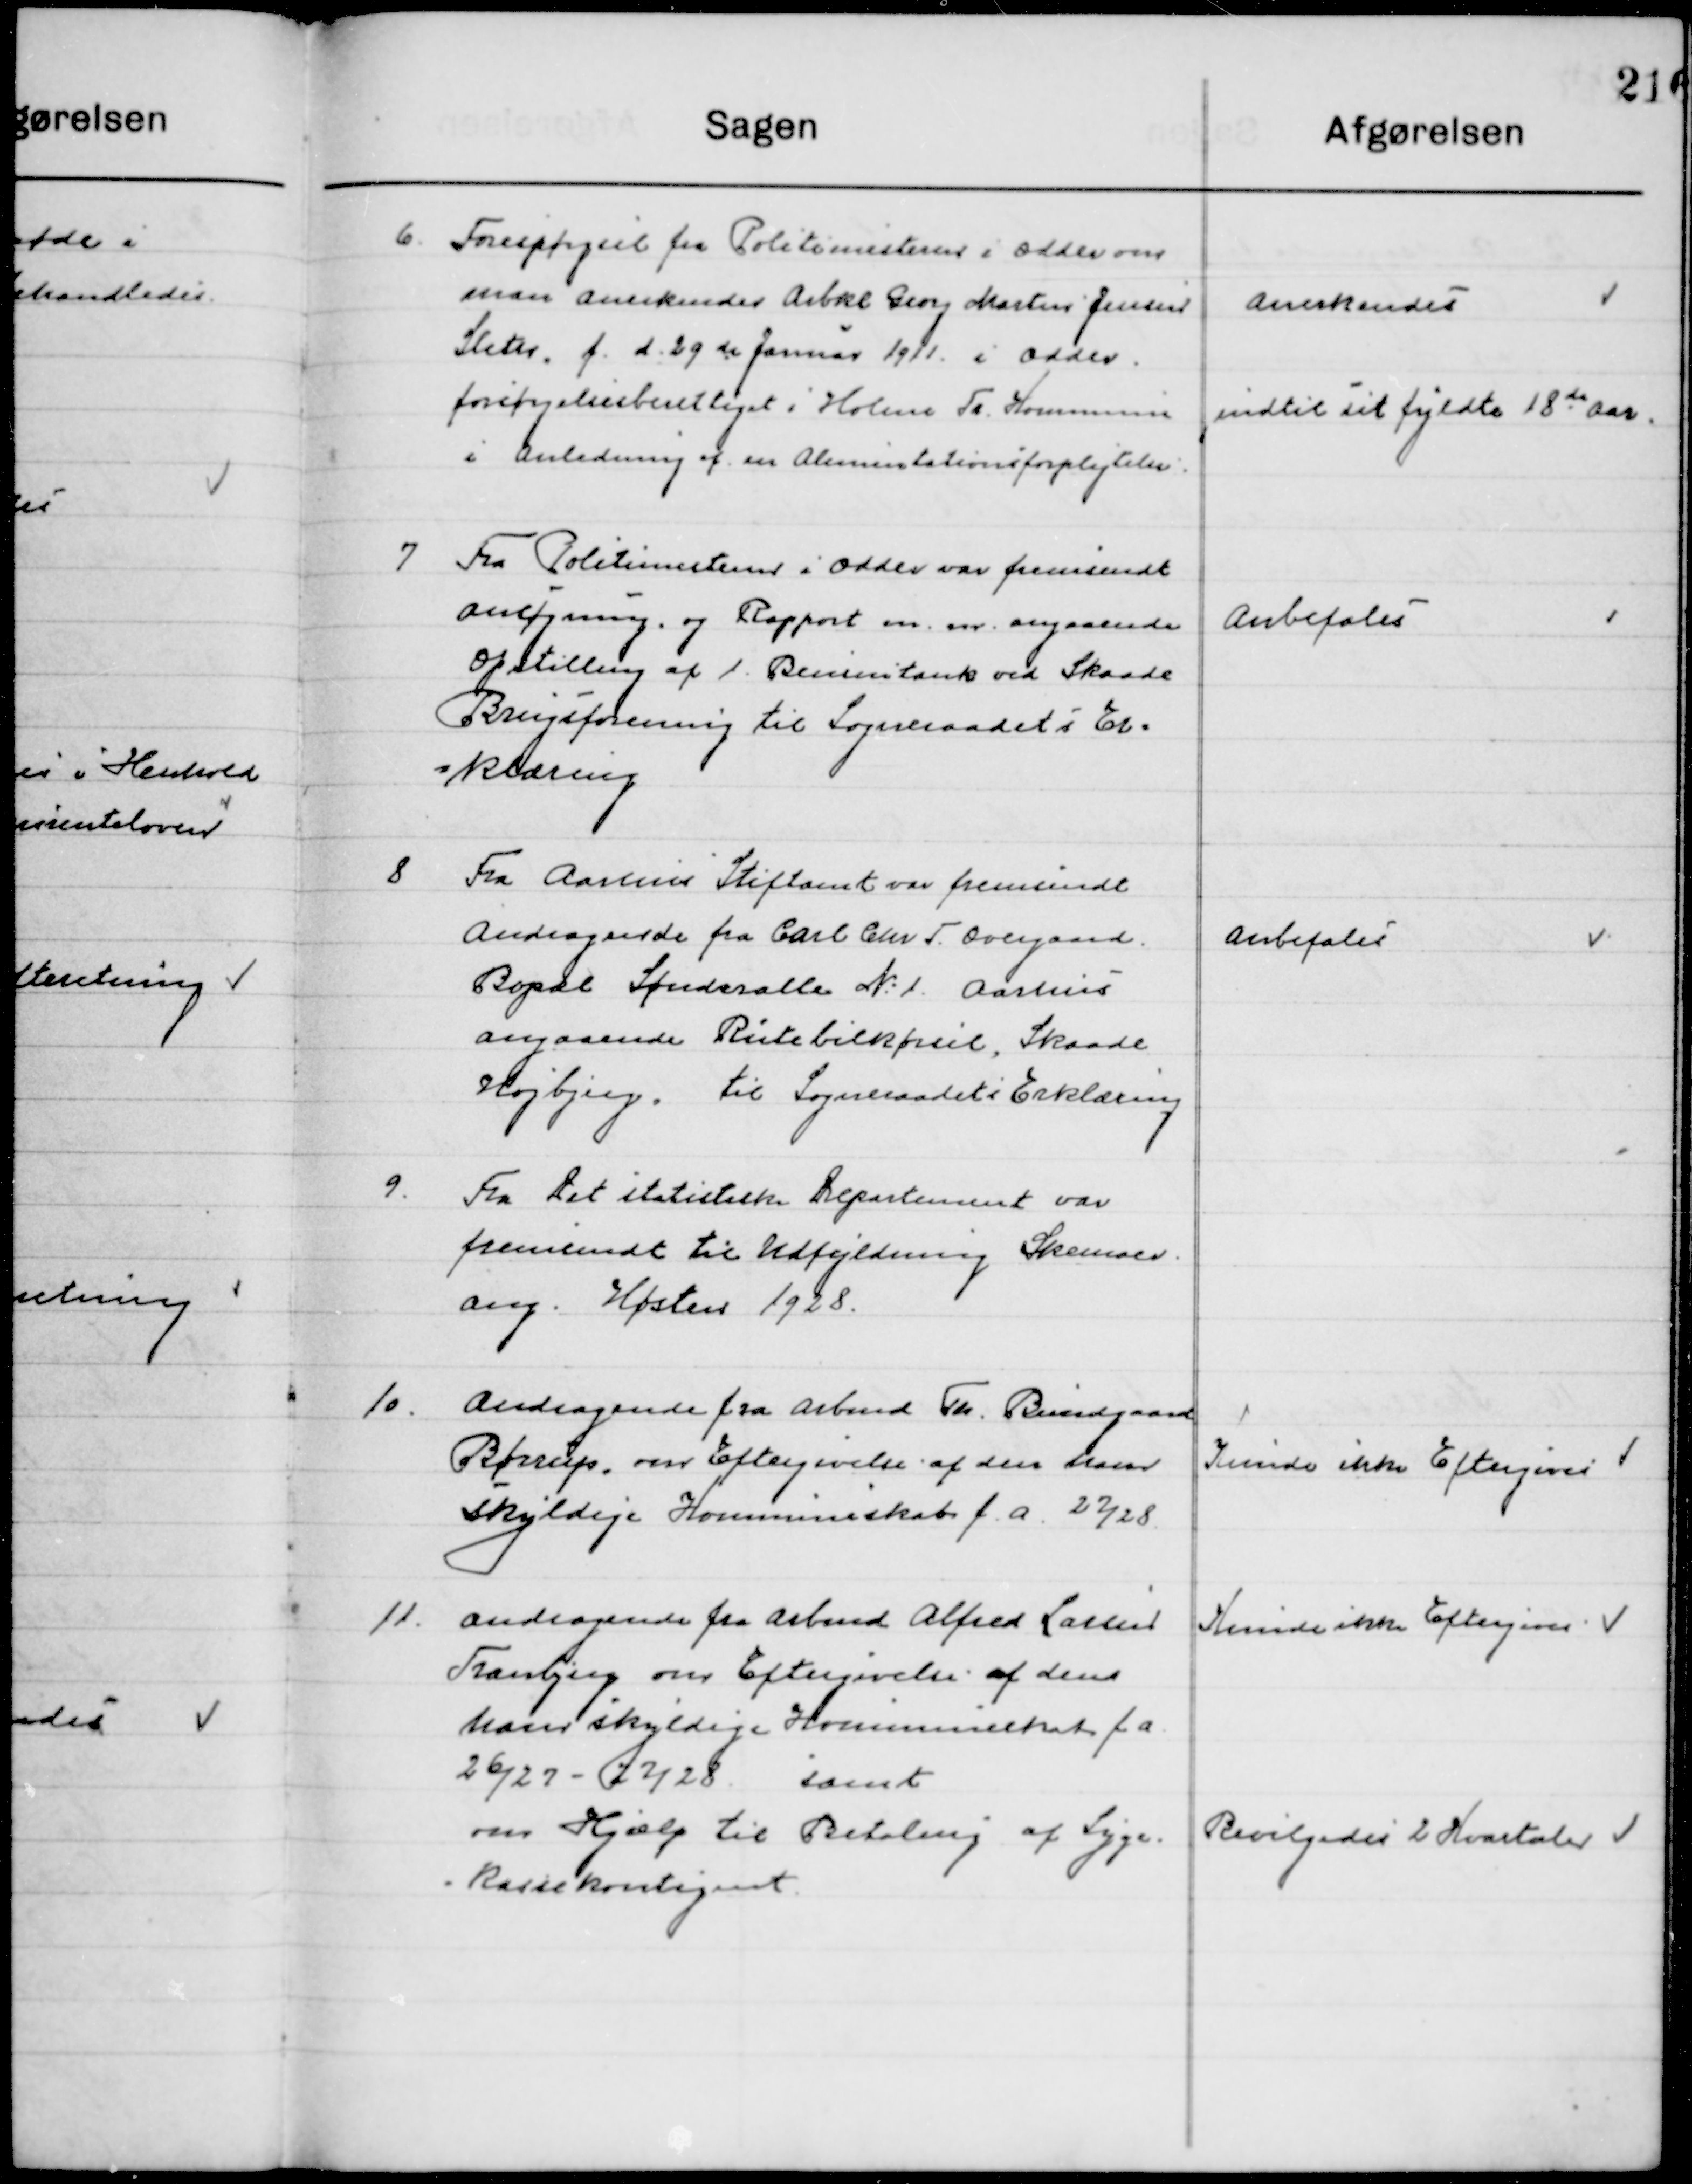
Transskription:
6

Forespørgsel fra Politimesteren i Odder om
Man Anerkender Aksel Georg Martin Jensen
Sleth, f. d. 29de Januar 1911 i Odder
Forsørgelsesberettiget i Holme Tr. Kommune 
I Anledning af en Alimentationsforpligtelse.

Anerkendes
indtil sit fyldte 18de Aar

7

Fra Politimesteren i Odder var fremsendt
ansøgning og Rapport m.m. angaaende
opstilling af 1 Bensintank ved Skaade
Brugsforening til Sogneraadets Er-
klæring.

Anbefales

8

Fra Aarhus Stiftsamt var fremsendt
Andragende fra Carl Chr. F. Overgaard
Bopæl Sønder allé Nr. 1. Aarhus
angaaende Rutebilkørsel, Skaade
Højbjerg, til Sogneraadets Erklæring.

Anbefales

9

Fra Det statistiske Departement var
fremsendt til Udfyldning Skemaer
ang. Høsten 1928.

10

Andragende fra Arbmd. Th. Bundgaard
Børup, om Eftergivelse af den ham 
skyldige Kommuneskat f. a. 27/28

Kunde ikke Eftergives

11

Andragende fra Arbmd. Alfred Larsen
Tranbjerg om Eftergivelse af den
ham skyldige Kommuneskat f. a. 
26/27 - 27/28 samt
om Hjælp til Betaling af Syge-
kassekontingent.

Kunde ikke Eftergives
Bevilgedes 2. Kvartaler